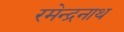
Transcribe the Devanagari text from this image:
रमेन्द्रनाथ